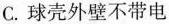
C. 球壳外壁不带电